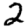
Digit: 2